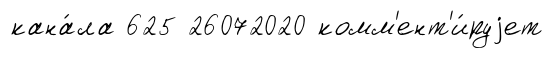
кана́ла 625 26072020 комм'ент'и́руjет